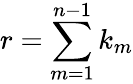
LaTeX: r=\sum_{m=1}^{n-1}k_{m}